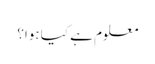
معلوم ہے کیا ہوا؟